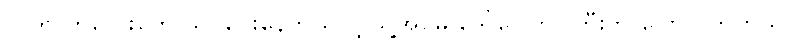
လိုတာကလေးတွေ သင်ပေးနေတယ်လို့ သူ့အမေ ဒေါ်ငွေကြိုင်ကြီးက ပြောလိုက်တယ်